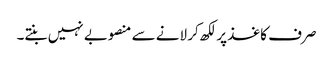
صرف کاغذ پر لکھ کر لانے سے منصوبے نہیں بنتے۔